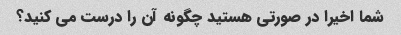
شما اخیرا در صورتی هستید چگونه آن را درست می کنید؟